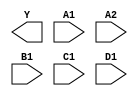
module sky130_fd_sc_hs__o2111ai (
    Y ,
    A1,
    A2,
    B1,
    C1,
    D1
);

    output Y ;
    input  A1;
    input  A2;
    input  B1;
    input  C1;
    input  D1;

    // Voltage supply signals
    supply1 VPWR;
    supply0 VGND;

endmodule